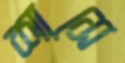
শাসে